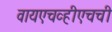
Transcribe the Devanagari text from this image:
वायएचव्हीएचची